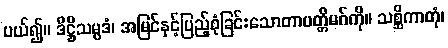
ပယ်၍။ ဒိဋ္ဌိသမ္ပဒံ၊ အမြင်နှင့်ပြည့်စုံခြင်းသောတာပတ္တိမဂ်ကို။ သစ္ဆိကာတုံ၊